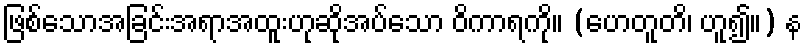
ဖြစ်သောအခြင်းအရာအထူးဟုဆိုအပ်သော ဝိကာရကို။ (ဟေတူတိ၊ ဟူ၍။) န